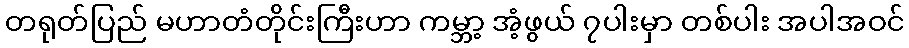
တရုတ်ပြည် မဟာတံတိုင်းကြီးဟာ ကမ္ဘာ့ အံ့ဖွယ် ၇ပါးမှာ တစ်ပါး အပါအဝင်